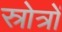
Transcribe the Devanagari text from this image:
स्रोत्रों